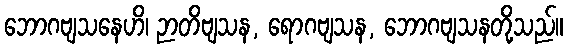
ဘောဂဗျသနေဟိ၊ ဉာတိဗျသန, ရောဂဗျသန, ဘောဂဗျသနတို့သည်။